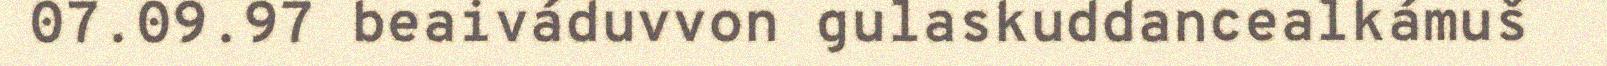
07.09.97 beaiváduvvon gulaskuddancealkámuš